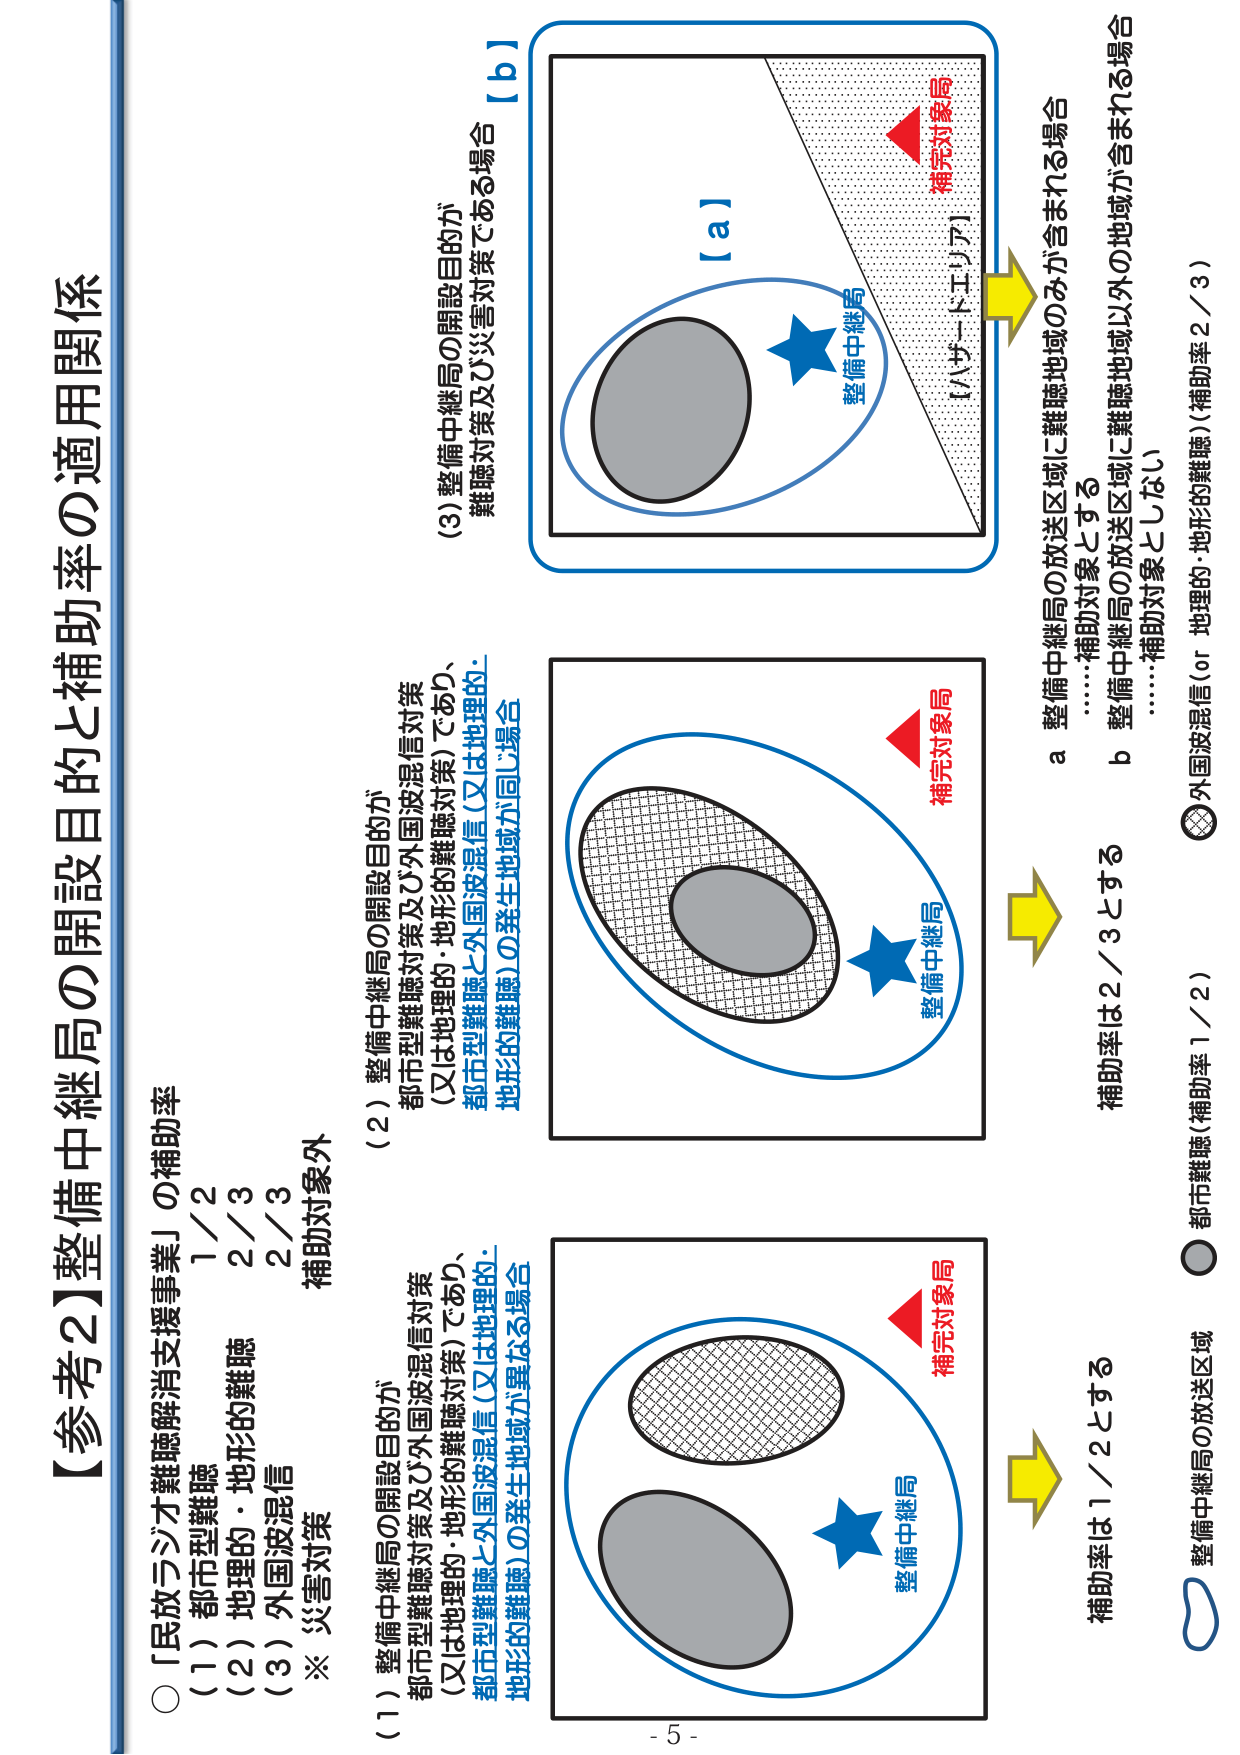
【参考2】整備中継局の開設目的と補助率の適用関係

○「民放ラジオ難聴解消支援事業」の補助率
（1）都市型難聴　1／2
（2）地理的・地形的難聴　2／3
（3）外国波混信　2／3
※ 災害対策　補助対象外

（1）整備中継局の開設目的が
都市型難聴対策及び外国波混信対策
（又は地理的・地形的難聴対策）であり、
都市型難聴と外国波混信（又は地理的・
地形的難聴）の発生地域が異なる場合

（2）整備中継局の開設目的が
都市型難聴対策及び外国波混信対策
（又は地理的・地形的難聴対策）であり、
都市型難聴と外国波混信（又は地理的・
地形的難聴）の発生地域が同じ場合

（3）整備中継局の開設目的が
難聴対策及び災害対策である場合【b】

【a】
整備中継局
補完対象局
（ハザードエリア）

整備中継局の放送区域
都市難聴（補助率1／2）
外国波混信（or 地理的・地形的難聴）（補助率2／3）

a 整備中継局の放送区域に難聴地域のみが含まれる場合
……補助対象とする

b 整備中継局の放送区域に難聴地域以外の地域が含まれる場合
……補助対象としない

補助率は1／2とする
補助率は2／3とする

- 5 -